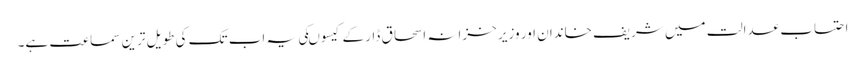
احتساب عدالت میں شریف خاندان اور وزیر خزانہ اسحاق ڈار کے کیسوںکی یہ اب تک کی طویل ترین سماعت ہے۔